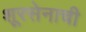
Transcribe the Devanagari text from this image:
शूरसेनाची